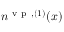
n ^ { \mathrm { ~ v ~ p ~ } , ( 1 ) } ( x )